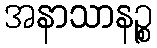
အနာသာနဉ္စ